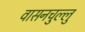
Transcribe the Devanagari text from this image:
वासनचुल्लु